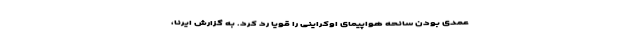
عمدی بودن سانحه هواپیمای اوکراینی را قویا رد کرد. به گزارش ایرنا،